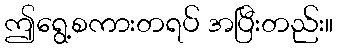
ဤရွေ့စကားတရပ် အပြီးတည်း။